Report on vaccination in Madras 1904-1921 - 1904-1921
Year: 1904
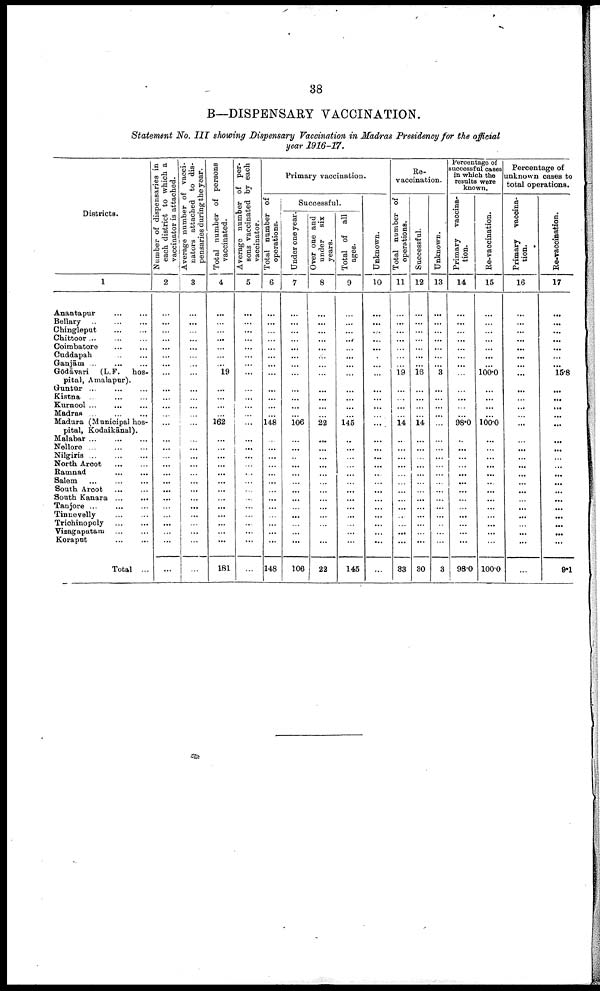
38
B—DISPENSARY VACCINATION.
Statement No. III showing Dispensary Vaccination in Madras Presidency for the official
year 1916-17.
Districts.
1
Anantapur
...
...
Bellary
...
...
...
Chingleput
...
...
Chittoor
...
...
Coimbatore
...
...
Cuddapah
...
...
Ganjām
...
...
...
Gōdāvari (L.F. hos
pital, Amalapur).
Guntūr
...
...
...
Kistna
...
...
...
Kurnool
...
...
...
Madras
...
...
...
Madura (Municipal hos
pital, Kodaikānal).
Malabar
...
...
...
Nellore
...
...
...
Nilgiris
...
...
...
North Arcot
...
...
Ramnad
...
...
Salem
...
...
...
South Arcot
...
...
South Kanara
...
...
Tanjore
...
...
...
Tinnevelly
...
...
Trichinopoly
...
...
Vizagapatam
...
...
Koraput ... ...
Total ...
Number of dispensaries in
each district to which a
vaccinator is attached.
2
...
...
...
...
...
...
...
...
...
...
...
...
...
...
...
...
...
...
...
...
...
...
...
...
...
...
...
Average number of vacci
nators attached to dis
pensaries during the year.
3
...
...
...
...
...
...
...
...
...
...
...
...
...
...
...
...
...
...
...
...
...
...
...
...
...
...
...
Total number of persons
vaccinated.
4
...
...
...
...
...
...
...
19
...
...
...
...
162
...
...
...
...
...
...
...
...
...
...
...
...
...
181
Average number of per
sons vaccinated by each
vaccinator.
5
...
...
...
...
...
...
...
...
...
...
...
...
...
...
...
...
...
...
...
...
...
...
...
...
...
...
Primary vaccination.
Total number of
operations.
6
...
...
...
...
...
...
...
...
...
...
...
...
148
...
...
...
...
...
...
...
...
...
...
...
...
...
148
Successful.
Under one year.
7
...
...
...
...
...
...
...
...
...
...
...
...
106
...
...
...
...
...
...
...
...
...
...
...
...
...
106
Over one and
under six
years.
8
...
...
...
...
...
...
...
...
...
...
...
22
...
...
...
...
...
...
...
...
...
...
...
...
...
22
Total of all
ages.
9
...
...
...
...
...
...
...
...
...
...
...
...
145
...
...
...
...
...
...
...
...
...
...
...
...
...
145
Unknown.
10
...
...
...
...
...
...
...
...
...
...
...
...
...
...
...
...
...
...
...
...
...
...
...
...
...
...
Re-
vaccination.
Total number of
operations.
11
...
...
...
...
...
...
...
19
...
...
...
...
14
...
...
...
...
...
...
...
...
...
...
...
...
...
83
Successful.
12
...
...
...
...
...
...
...
16
...
...
...
...
14
...
...
...
...
...
...
...
...
...
...
...
...
...
30
Unknown.
13
...
...
...
...
...
...
...
3
...
...
...
...
...
...
...
...
...
...
...
...
...
...
...
...
...
...
3
Percentage of
successful cases
in which the
results were
known.
Primary vaccina-
tion.
14
...
...
...
...
...
...
...
...
...
...
...
...
98.0
...
...
...
...
...
...
...
...
...
...
...
...
...
98.0
Re-vaccination.
15
...
...
...
...
...
...
...
100.0
...
...
...
...
100.0
...
...
...
...
...
...
...
...
...
...
...
...
...
100.0
Percentage of
unknown cases to
total operations.
Primary vaccina-
tion.
16
...
...
...
...
...
...
...
...
...
...
...
...
...
...
...
...
...
...
...
...
...
...
...
...
...
...
...
Re-vaccination.
17
...
...
...
...
...
...
...
15.8
...
...
...
...
...
...
...
...
...
...
...
...
...
...
...
...
...
...
9.1